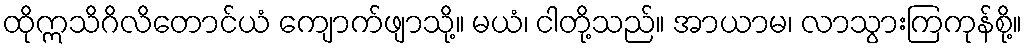
ထိုဣသိဂိလိတောင်ယံ ကျောက်ဖျာသို့။ မယံ၊ ငါတို့သည်။ အာယာမ၊ လာသွားကြကုန်စို့။